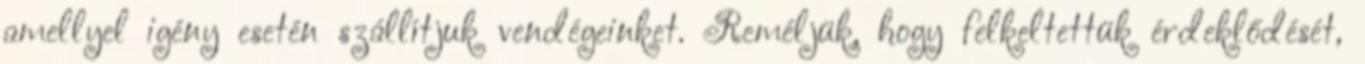
amellyel igény esetén szállítjuk vendégeinket. Reméljük, hogy felkeltettük érdeklődését,